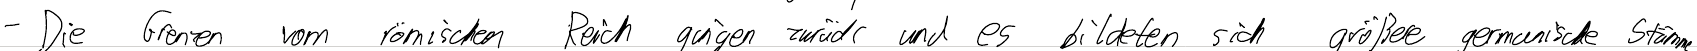
- Die Grenzen vom römischen Reich gingen zurück und es bildeten sich größere germanische Stämme